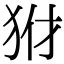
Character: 𤝦